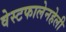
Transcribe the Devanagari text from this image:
वेस्टफालेनहेली